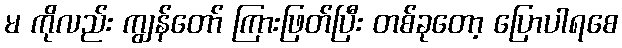
မ ကိုလည်း ကျွန်တော် ကြားဖြတ်ပြီး တစ်ခုတော့ ပြောပါရစေ